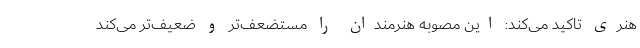
هنری تاکید می‌کند:‌ این مصوبه هنرمندان را مستضعف‌تر و ضعیف‌تر می‌کند